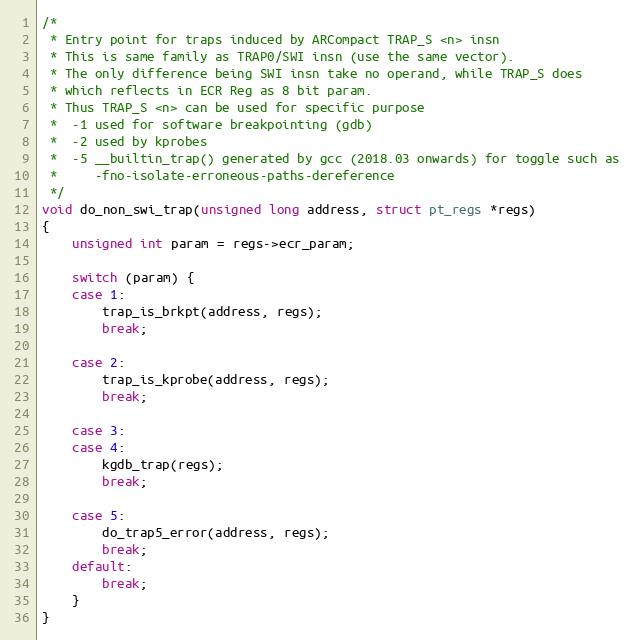
Language: C
/*
 * Entry point for traps induced by ARCompact TRAP_S <n> insn
 * This is same family as TRAP0/SWI insn (use the same vector).
 * The only difference being SWI insn take no operand, while TRAP_S does
 * which reflects in ECR Reg as 8 bit param.
 * Thus TRAP_S <n> can be used for specific purpose
 *  -1 used for software breakpointing (gdb)
 *  -2 used by kprobes
 *  -5 __builtin_trap() generated by gcc (2018.03 onwards) for toggle such as
 *     -fno-isolate-erroneous-paths-dereference
 */
void do_non_swi_trap(unsigned long address, struct pt_regs *regs)
{
	unsigned int param = regs->ecr_param;

	switch (param) {
	case 1:
		trap_is_brkpt(address, regs);
		break;

	case 2:
		trap_is_kprobe(address, regs);
		break;

	case 3:
	case 4:
		kgdb_trap(regs);
		break;

	case 5:
		do_trap5_error(address, regs);
		break;
	default:
		break;
	}
}